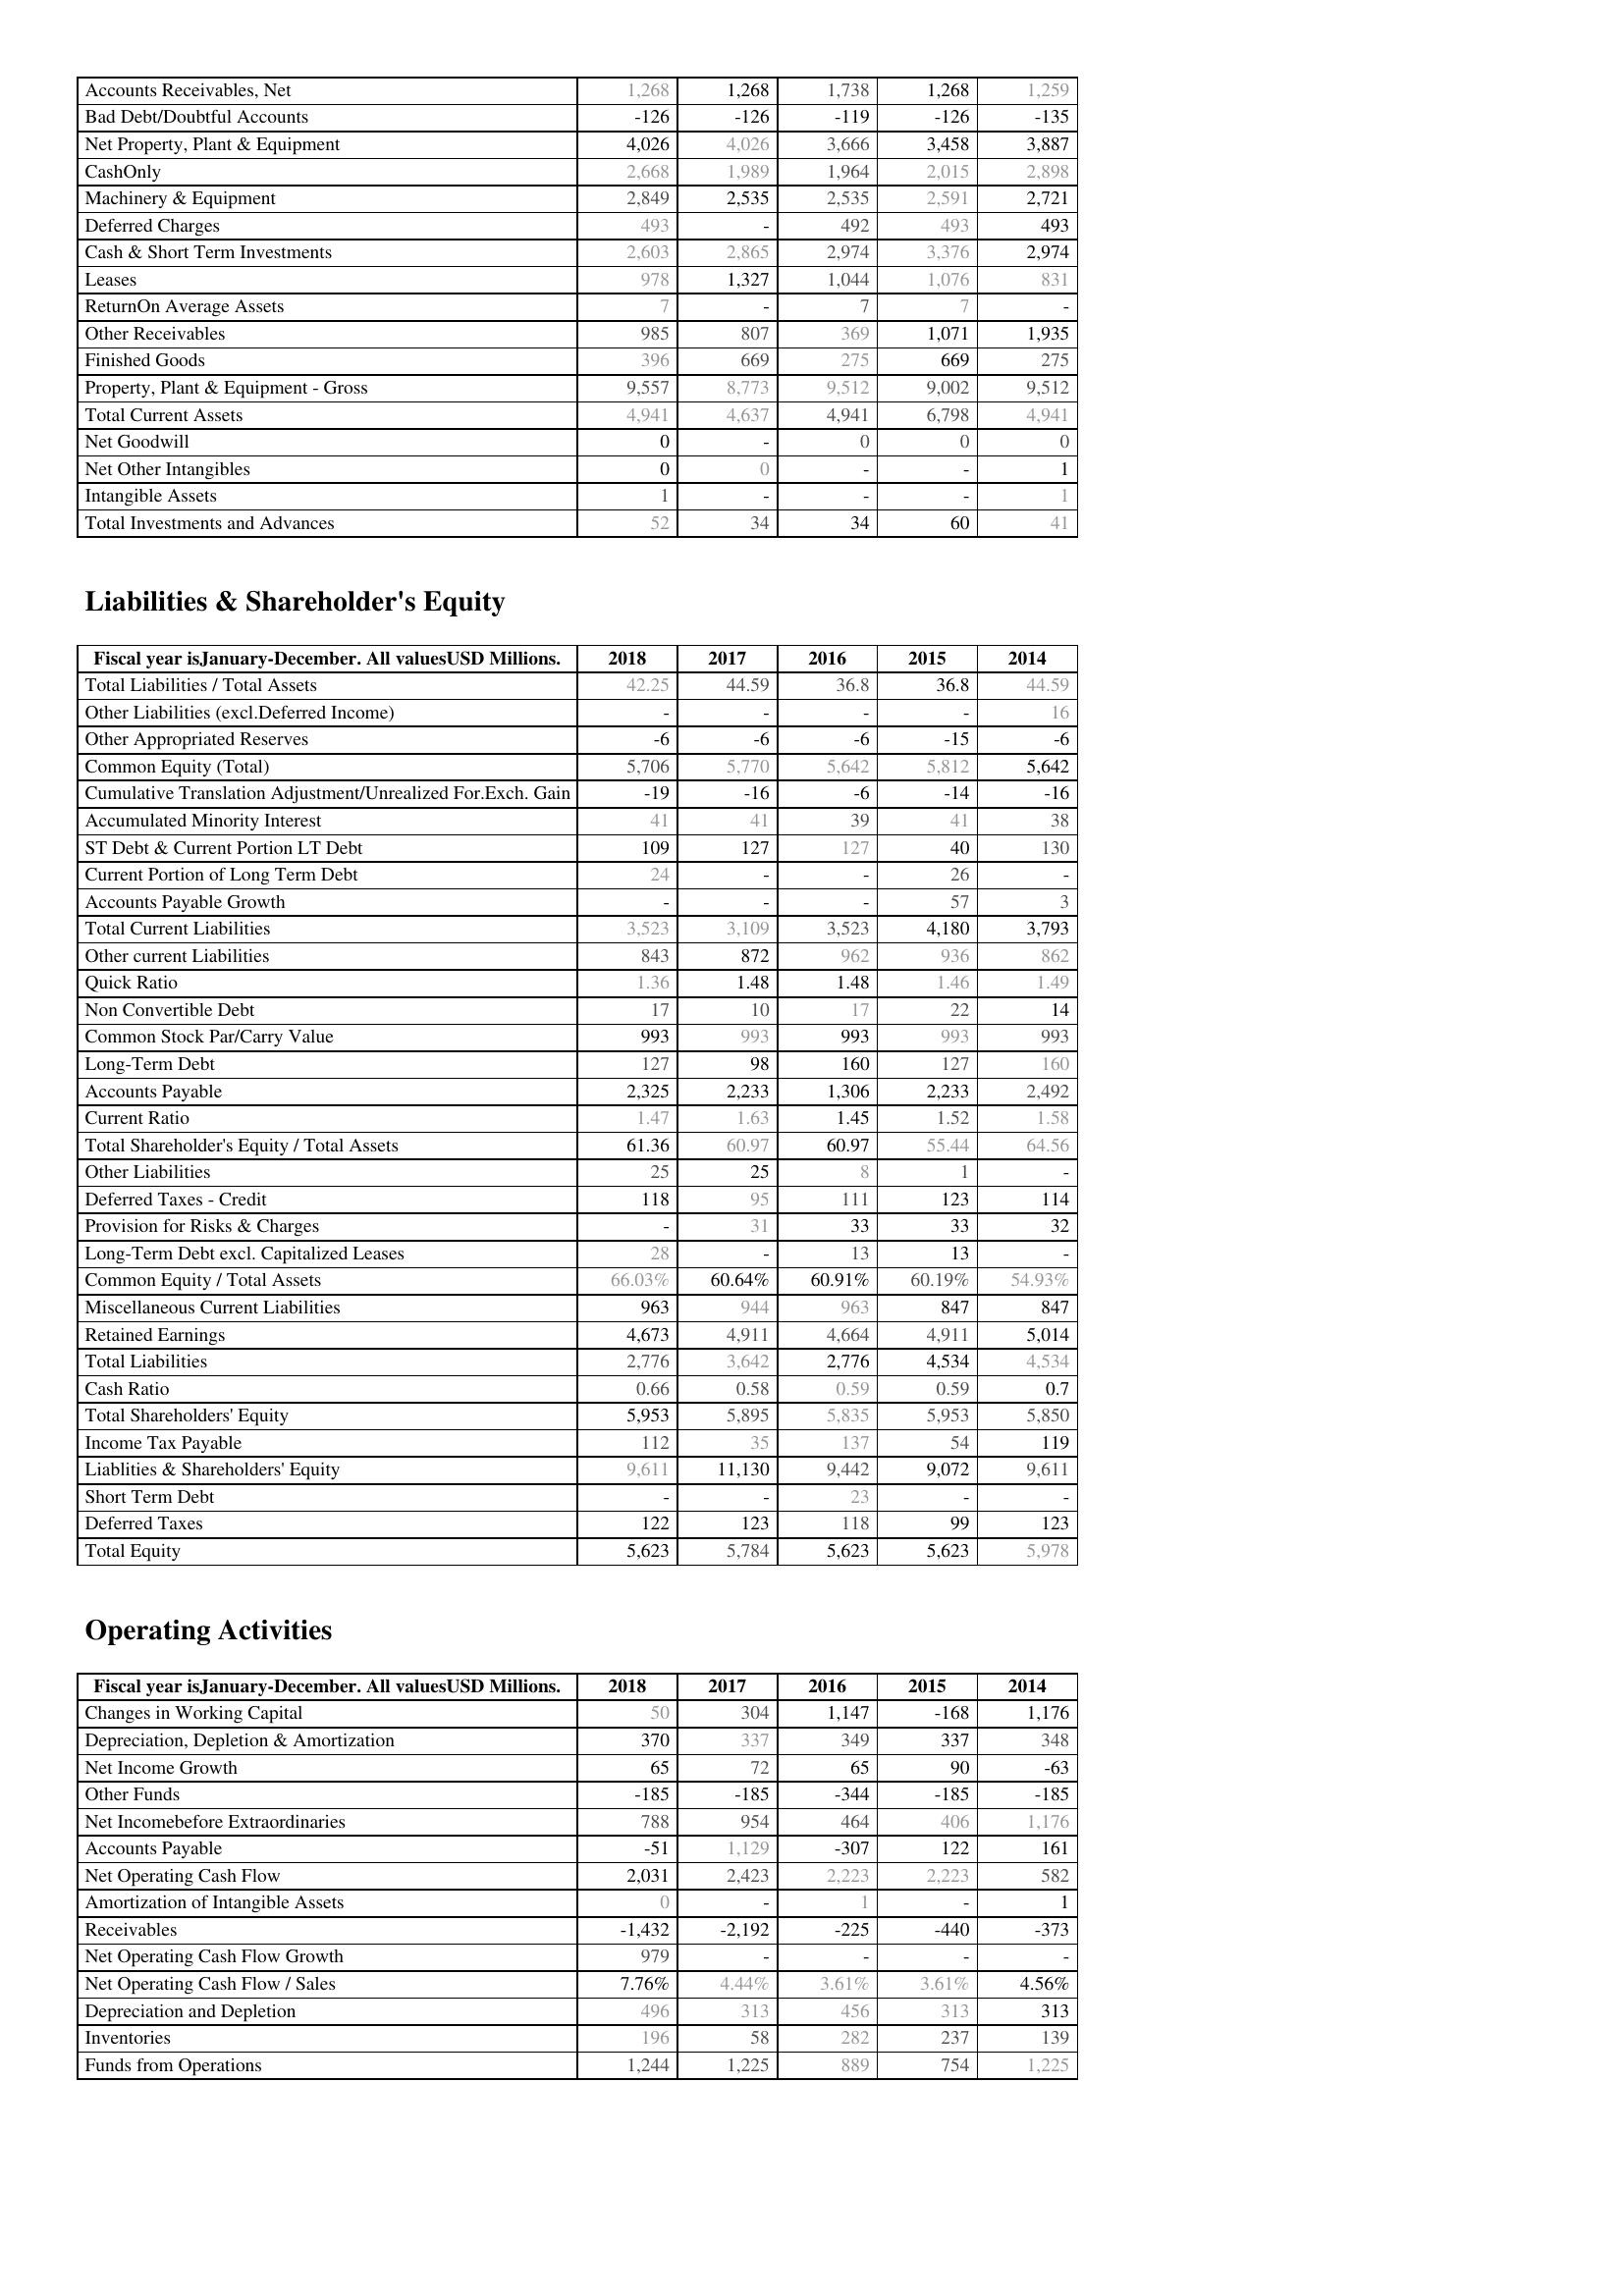
2018: Assets: Accounts Receivables, Net: 1,268
Bad Debt/Doubtful Accounts: -126
Net Property, Plant & Equipment: 4,026
CashOnly: 2,668
Machinery & Equipment: 2,849
Deferred Charges: 493
Cash & Short Term Investments: 2,603
Leases: 978
ReturnOn Average Assets: 7
Other Receivables: 985
Finished Goods: 396
Property, Plant & Equipment - Gross : 9,557
Total Current Assets: 4,941
Net Goodwill: 0
Net Other Intangibles: 0
Intangible Assets: 1
Total Investments and Advances: 52
Liabilities & Shareholder's Equity: Total Liabilities / Total Assets: 42.25
Other Liabilities (excl.Deferred Income): -
Other Appropriated Reserves: -6
Common Equity (Total): 5,706
Cumulative Translation Adjustment/Unrealized For.Exch. Gain: -19
Accumulated Minority Interest: 41
ST Debt & Current Portion LT Debt: 109
Current Portion of Long Term Debt: 24
Accounts Payable Growth: -
Total Current Liabilities: 3,523
Other current Liabilities: 843
Quick Ratio: 1.36
Non Convertible Debt: 17
Common Stock Par/Carry Value: 993
Long-Term Debt: 127
Accounts Payable: 2,325
Current Ratio: 1.47
Total Shareholder's Equity / Total Assets: 61.36
Other Liabilities: 25
Deferred Taxes - Credit: 118
Provision for Risks & Charges: -
Long-Term Debt excl. Capitalized Leases: 28
Common Equity / Total Assets: 66.03%
Miscellaneous Current Liabilities: 963
Retained Earnings: 4,673
Total Liabilities: 2,776
Cash Ratio: 0.66
Total Shareholders' Equity: 5,953
Income Tax Payable: 112
Liablities & Shareholders' Equity: 9,611
Short Term Debt: -
Deferred Taxes: 122
Total Equity: 5,623
Operating Activities: Changes in Working Capital: 50
Depreciation, Depletion & Amortization: 370
Net Income Growth: 65
Other Funds: -185
Net Incomebefore Extraordinaries: 788
Accounts Payable: -51
Net Operating Cash Flow: 2,031
Amortization of Intangible Assets: 0
Receivables: -1,432
Net Operating Cash Flow Growth: 979
Net Operating Cash Flow / Sales: 7.76%
Depreciation and Depletion: 496
Inventories: 196
Funds from Operations: 1,244
2017: Assets: Accounts Receivables, Net: 1,268
Bad Debt/Doubtful Accounts: -126
Net Property, Plant & Equipment: 4,026
CashOnly: 1,989
Machinery & Equipment: 2,535
Deferred Charges: -
Cash & Short Term Investments: 2,865
Leases: 1,327
ReturnOn Average Assets: -
Other Receivables: 807
Finished Goods: 669
Property, Plant & Equipment - Gross : 8,773
Total Current Assets: 4,637
Net Goodwill: -
Net Other Intangibles: 0
Intangible Assets: -
Total Investments and Advances: 34
Liabilities & Shareholder's Equity: Total Liabilities / Total Assets: 44.59
Other Liabilities (excl.Deferred Income): -
Other Appropriated Reserves: -6
Common Equity (Total): 5,770
Cumulative Translation Adjustment/Unrealized For.Exch. Gain: -16
Accumulated Minority Interest: 41
ST Debt & Current Portion LT Debt: 127
Current Portion of Long Term Debt: -
Accounts Payable Growth: -
Total Current Liabilities: 3,109
Other current Liabilities: 872
Quick Ratio: 1.48
Non Convertible Debt: 10
Common Stock Par/Carry Value: 993
Long-Term Debt: 98
Accounts Payable: 2,233
Current Ratio: 1.63
Total Shareholder's Equity / Total Assets: 60.97
Other Liabilities: 25
Deferred Taxes - Credit: 95
Provision for Risks & Charges: 31
Long-Term Debt excl. Capitalized Leases: -
Common Equity / Total Assets: 60.64%
Miscellaneous Current Liabilities: 944
Retained Earnings: 4,911
Total Liabilities: 3,642
Cash Ratio: 0.58
Total Shareholders' Equity: 5,895
Income Tax Payable: 35
Liablities & Shareholders' Equity: 11,130
Short Term Debt: -
Deferred Taxes: 123
Total Equity: 5,784
Operating Activities: Changes in Working Capital: 304
Depreciation, Depletion & Amortization: 337
Net Income Growth: 72
Other Funds: -185
Net Incomebefore Extraordinaries: 954
Accounts Payable: 1,129
Net Operating Cash Flow: 2,423
Amortization of Intangible Assets: -
Receivables: -2,192
Net Operating Cash Flow Growth: -
Net Operating Cash Flow / Sales: 4.44%
Depreciation and Depletion: 313
Inventories: 58
Funds from Operations: 1,225
2016: Assets: Accounts Receivables, Net: 1,738
Bad Debt/Doubtful Accounts: -119
Net Property, Plant & Equipment: 3,666
CashOnly: 1,964
Machinery & Equipment: 2,535
Deferred Charges: 492
Cash & Short Term Investments: 2,974
Leases: 1,044
ReturnOn Average Assets: 7
Other Receivables: 369
Finished Goods: 275
Property, Plant & Equipment - Gross : 9,512
Total Current Assets: 4,941
Net Goodwill: 0
Net Other Intangibles: -
Intangible Assets: -
Total Investments and Advances: 34
Liabilities & Shareholder's Equity: Total Liabilities / Total Assets: 36.8
Other Liabilities (excl.Deferred Income): -
Other Appropriated Reserves: -6
Common Equity (Total): 5,642
Cumulative Translation Adjustment/Unrealized For.Exch. Gain: -6
Accumulated Minority Interest: 39
ST Debt & Current Portion LT Debt: 127
Current Portion of Long Term Debt: -
Accounts Payable Growth: -
Total Current Liabilities: 3,523
Other current Liabilities: 962
Quick Ratio: 1.48
Non Convertible Debt: 17
Common Stock Par/Carry Value: 993
Long-Term Debt: 160
Accounts Payable: 1,306
Current Ratio: 1.45
Total Shareholder's Equity / Total Assets: 60.97
Other Liabilities: 8
Deferred Taxes - Credit: 111
Provision for Risks & Charges: 33
Long-Term Debt excl. Capitalized Leases: 13
Common Equity / Total Assets: 60.91%
Miscellaneous Current Liabilities: 963
Retained Earnings: 4,664
Total Liabilities: 2,776
Cash Ratio: 0.59
Total Shareholders' Equity: 5,835
Income Tax Payable: 137
Liablities & Shareholders' Equity: 9,442
Short Term Debt: 23
Deferred Taxes: 118
Total Equity: 5,623
Operating Activities: Changes in Working Capital: 1,147
Depreciation, Depletion & Amortization: 349
Net Income Growth: 65
Other Funds: -344
Net Incomebefore Extraordinaries: 464
Accounts Payable: -307
Net Operating Cash Flow: 2,223
Amortization of Intangible Assets: 1
Receivables: -225
Net Operating Cash Flow Growth: -
Net Operating Cash Flow / Sales: 3.61%
Depreciation and Depletion: 456
Inventories: 282
Funds from Operations: 889
2015: Assets: Accounts Receivables, Net: 1,268
Bad Debt/Doubtful Accounts: -126
Net Property, Plant & Equipment: 3,458
CashOnly: 2,015
Machinery & Equipment: 2,591
Deferred Charges: 493
Cash & Short Term Investments: 3,376
Leases: 1,076
ReturnOn Average Assets: 7
Other Receivables: 1,071
Finished Goods: 669
Property, Plant & Equipment - Gross : 9,002
Total Current Assets: 6,798
Net Goodwill: 0
Net Other Intangibles: -
Intangible Assets: -
Total Investments and Advances: 60
Liabilities & Shareholder's Equity: Total Liabilities / Total Assets: 36.8
Other Liabilities (excl.Deferred Income): -
Other Appropriated Reserves: -15
Common Equity (Total): 5,812
Cumulative Translation Adjustment/Unrealized For.Exch. Gain: -14
Accumulated Minority Interest: 41
ST Debt & Current Portion LT Debt: 40
Current Portion of Long Term Debt: 26
Accounts Payable Growth: 57
Total Current Liabilities: 4,180
Other current Liabilities: 936
Quick Ratio: 1.46
Non Convertible Debt: 22
Common Stock Par/Carry Value: 993
Long-Term Debt: 127
Accounts Payable: 2,233
Current Ratio: 1.52
Total Shareholder's Equity / Total Assets: 55.44
Other Liabilities: 1
Deferred Taxes - Credit: 123
Provision for Risks & Charges: 33
Long-Term Debt excl. Capitalized Leases: 13
Common Equity / Total Assets: 60.19%
Miscellaneous Current Liabilities: 847
Retained Earnings: 4,911
Total Liabilities: 4,534
Cash Ratio: 0.59
Total Shareholders' Equity: 5,953
Income Tax Payable: 54
Liablities & Shareholders' Equity: 9,072
Short Term Debt: -
Deferred Taxes: 99
Total Equity: 5,623
Operating Activities: Changes in Working Capital: -168
Depreciation, Depletion & Amortization: 337
Net Income Growth: 90
Other Funds: -185
Net Incomebefore Extraordinaries: 406
Accounts Payable: 122
Net Operating Cash Flow: 2,223
Amortization of Intangible Assets: -
Receivables: -440
Net Operating Cash Flow Growth: -
Net Operating Cash Flow / Sales: 3.61%
Depreciation and Depletion: 313
Inventories: 237
Funds from Operations: 754
2014: Assets: Accounts Receivables, Net: 1,259
Bad Debt/Doubtful Accounts: -135
Net Property, Plant & Equipment: 3,887
CashOnly: 2,898
Machinery & Equipment: 2,721
Deferred Charges: 493
Cash & Short Term Investments: 2,974
Leases: 831
ReturnOn Average Assets: -
Other Receivables: 1,935
Finished Goods: 275
Property, Plant & Equipment - Gross : 9,512
Total Current Assets: 4,941
Net Goodwill: 0
Net Other Intangibles: 1
Intangible Assets: 1
Total Investments and Advances: 41
Liabilities & Shareholder's Equity: Total Liabilities / Total Assets: 44.59
Other Liabilities (excl.Deferred Income): 16
Other Appropriated Reserves: -6
Common Equity (Total): 5,642
Cumulative Translation Adjustment/Unrealized For.Exch. Gain: -16
Accumulated Minority Interest: 38
ST Debt & Current Portion LT Debt: 130
Current Portion of Long Term Debt: -
Accounts Payable Growth: 3
Total Current Liabilities: 3,793
Other current Liabilities: 862
Quick Ratio: 1.49
Non Convertible Debt: 14
Common Stock Par/Carry Value: 993
Long-Term Debt: 160
Accounts Payable: 2,492
Current Ratio: 1.58
Total Shareholder's Equity / Total Assets: 64.56
Other Liabilities: -
Deferred Taxes - Credit: 114
Provision for Risks & Charges: 32
Long-Term Debt excl. Capitalized Leases: -
Common Equity / Total Assets: 54.93%
Miscellaneous Current Liabilities: 847
Retained Earnings: 5,014
Total Liabilities: 4,534
Cash Ratio: 0.7
Total Shareholders' Equity: 5,850
Income Tax Payable: 119
Liablities & Shareholders' Equity: 9,611
Short Term Debt: -
Deferred Taxes: 123
Total Equity: 5,978
Operating Activities: Changes in Working Capital: 1,176
Depreciation, Depletion & Amortization: 348
Net Income Growth: -63
Other Funds: -185
Net Incomebefore Extraordinaries: 1,176
Accounts Payable: 161
Net Operating Cash Flow: 582
Amortization of Intangible Assets: 1
Receivables: -373
Net Operating Cash Flow Growth: -
Net Operating Cash Flow / Sales: 4.56%
Depreciation and Depletion: 313
Inventories: 139
Funds from Operations: 1,225